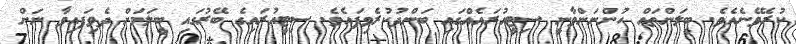
ކުރެވޭނެއެވެ. ބީލަންތައް ހުންނަންވާނީ ސިޓީއުރައެއްގައި ބަންދުކުރެވިފައެވެ. ސިޓީއުރައިގެ ބޭރުގައި ބީލަމަށް ދެވިފައިވާ ނަން